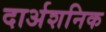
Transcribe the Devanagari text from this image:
दार्अशनिक